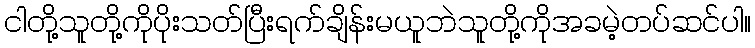
ငါတို့သူတို့ကိုပိုးသတ်ပြီးရက်ချိန်းမယူဘဲသူတို့ကိုအခမဲ့တပ်ဆင်ပါ။